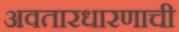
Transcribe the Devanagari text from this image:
अवतारधारणाची